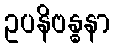
ဥပနိဗန္ဓနာ